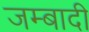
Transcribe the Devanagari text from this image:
जम्बादी